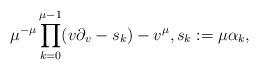
\begin{align*}\mu^{-\mu}\prod_{k=0}^{\mu-1}(v\partial_v-s_k)-v^\mu,s_k:=\mu\alpha_k,\end{align*}